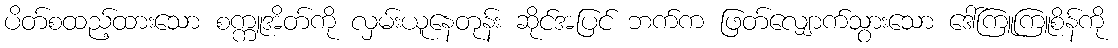
ပိတ်စထည့်ထားသော စက္ကူအိတ်ကို လှမ်းယူနေတုန်း ဆိုင်အပြင် ဘက်က ဖြတ်လျှောက်သွားသော ဒေါ်ကြူကြူစိန်ကို